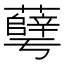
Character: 𰲓